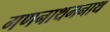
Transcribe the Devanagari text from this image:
गणनाथमनाथ